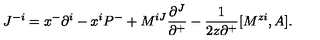
J ^ { - i } = x ^ { - } \partial ^ { i } - x ^ { i } P ^ { - } + M ^ { i J } \frac { \partial ^ { J } } { \partial ^ { + } } - \frac { 1 } { 2 z \partial ^ { + } } [ M ^ { z i } , A ] .